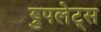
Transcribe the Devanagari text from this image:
ड्रुपलेट्स